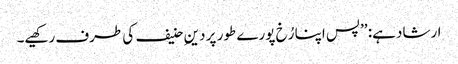
ارشاد ہے: ’’پس اپنا رُخ پورے طور پر دینِ حنیف کی طرف رکھیے۔